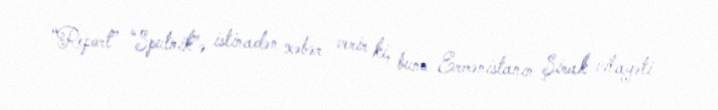
“Report” “Sputnik”ə istinadən xəbər verir ki, bunu Ermənistanın Şirak vilayəti